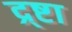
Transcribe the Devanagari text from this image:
द्र्ष्टा